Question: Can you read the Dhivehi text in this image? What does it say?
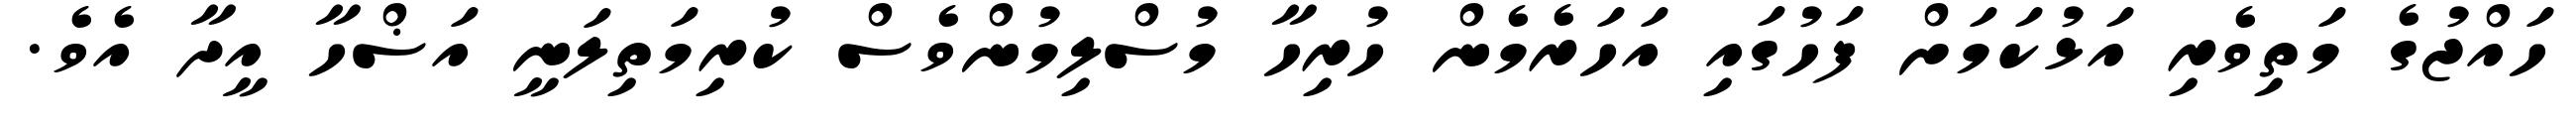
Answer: ހައްޖުގެ މަތިވެރި އަޅުކަމަށް ފަހުގައި އަހަރެމެން ހުރިހާ މުސްލިމުންވެސް ކުރިމަތިލަނީ އަޟްހާ އީދާ އެވެ.